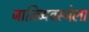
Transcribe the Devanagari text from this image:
जातिव्यवस्थेला